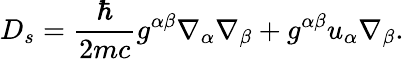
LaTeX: D_{s}=\frac{\hbar}{2mc}g^{\alpha\beta}\nabla_{\alpha}\nabla_{\beta}+g^{\alpha\beta}u_{\alpha}\nabla_{\beta}.